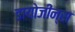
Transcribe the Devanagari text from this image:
डायोजीन्स